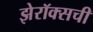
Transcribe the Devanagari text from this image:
झेरॉक्सची